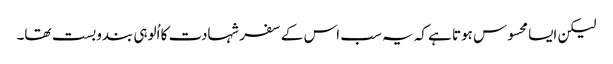
لیکن ایسا محسوس ہوتا ہے کہ یہ سب اس کے سفر شہادت کا اُلوہی بندوبست تھا۔